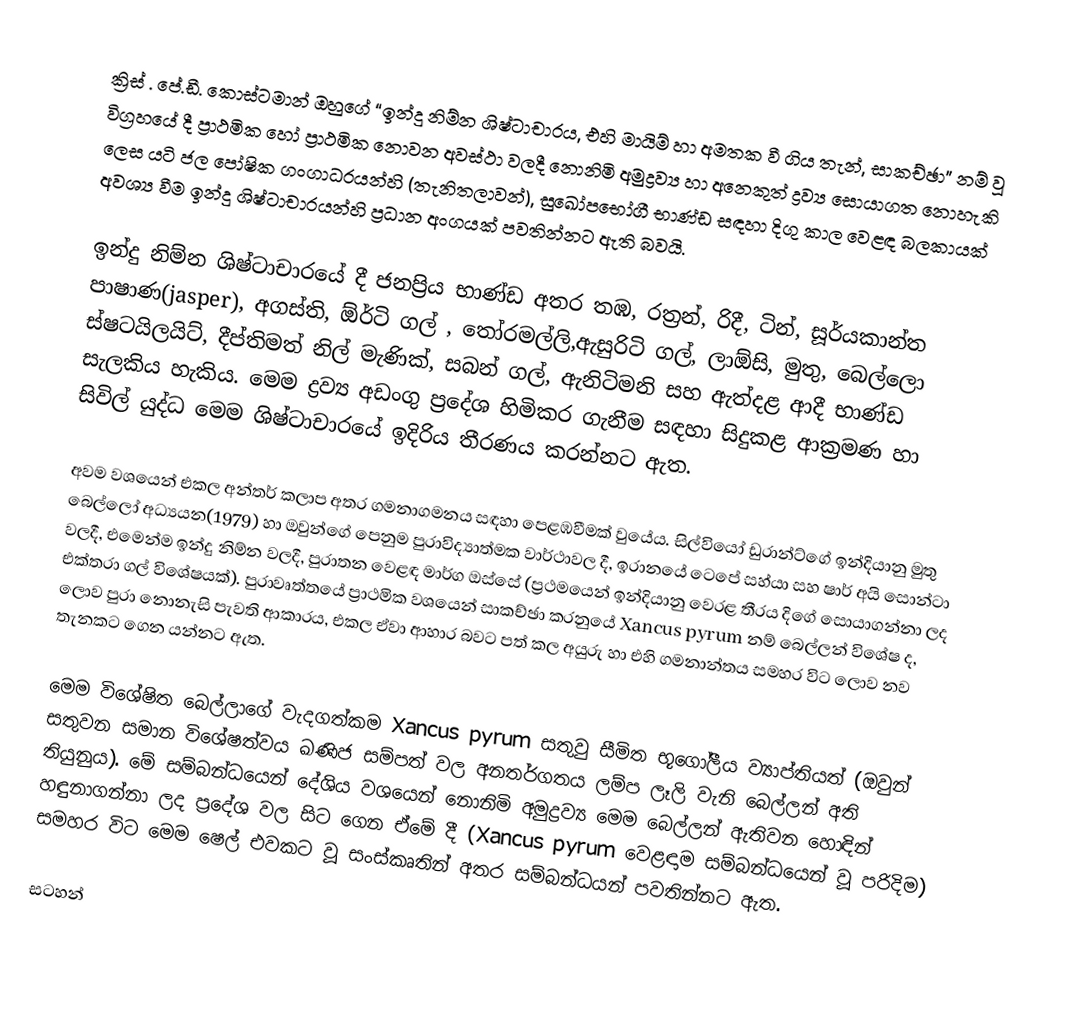
ක්‍රිස් . පේ.ඩී. කොස්ටමාන් ඔහුගේ “ඉන්දු නිම්න ශිෂ්ටාචාරය, එහි මායිම් හා අමතක වී ගිය තැන්, සාකච්ඡා” නම් වූ විග්‍රහයේ දී  ප්‍රාථමික ‍හෝ ප්‍රාථමික නොවන අවස්ථා වලදී නොනිමි අමුද්‍රව්‍ය හා අනෙකුත් ද්‍රව්‍ය සොයාගත නොහැකි ලෙස යටි ජල පෝෂික ගංගාධරයන්හි (තැනිතලාවන්), සුඛෝපභෝගී භාණ්ඩ සඳහා  දිගු කාල වෙළඳ බලකායක් අවශ්‍ය වීම ඉන්දු ශිෂ්ටාචාරයන්හි ප්‍රධාන අංගයක් පවතින්නට ඇති බවයි.

ඉන්දු නිම්න ශිෂ්ටාචාරයේ දී ජනප්‍රිය භාණ්ඩ අතර තඹ, රත්‍රන්, රිදී, ටින්, සූර්යකාන්ත පාෂාණ(jasper), අගස්ති, ඕර්ටි ගල් , තෝරමල්ලි,ඇසුරිටි ගල්, ලාඕසි, මුතු, බෙල්ලො ස්ෂටයිල‍යිට්, දීප්තිමත් නිල් මැණික්, සබන් ගල්, ඇනිටිමනි සහ ඇත්දළ ආදී භාණ්ඩ සැලකිය හැකිය. මෙම ද්‍රව්‍ය අඩංගු ප්‍රදේශ හිමිකර ගැනීම සඳහා සිදුකළ ආක්‍රමණ හා සිවිල් යුද්ධ මෙම ශිෂ්ටාචාරයේ ඉදිරිය තීරණය කරන්නට ඇත.

අවම වශයෙන් එකල අන්තර් කලාප අතර ගමනාගමනය සඳහා පෙළඹවීමක් වුයේය. සිල්වියෝ ඩු‍රාන්ට්ගේ ඉන්දියානු මුතු බෙල්ලෝ අධ්‍යයන(1979)  හා ඔවුන්ගේ පෙනුම පුරාවිද්‍යාත්මක වාර්ථාවල දී, ඉරානයේ ටෙපේ සහ්යා සහ ෂාර් අයි සොන්ටා වලදී, එමෙන්ම ඉන්දු නිම්න වලදී, පුරාතන වෙළඳ මාර්ග ඔස්සේ (ප්‍රථමයෙන් ඉන්දියානු වෙරළ තීරය දිගේ සොයාගන්නා ලද එක්තරා ගල් විශේෂයක්). පුරාවෘත්තයේ ප්‍රාථමික වශයෙන් සාකච්ඡා කරනුයේ Xancus pyrum නම් බෙල්ලන් විශේෂ ද, ලොව පුරා නොනැසි පැවති ආකාරය, එකල ඒවා ආහාර බවට පත් කල  අයුරු හා එහි ගමනාන්තය සමහර විට ලොව නව තැනකට ගෙන යන්නට ඇත.

මෙම විශේෂිත බෙල්ලාගේ වැදගත්කම Xancus pyrum සතුවු සීමිත භූගෝලීය ව්‍යාප්තියත් (ඔවුන් සතුවන සමාන විශේෂත්වය ඛණිජ සම්පත් වල අනතර්ගතය ලම්ප ලෑලි වැනි බෙල්ලන් අති තියුනුය). මේ සම්බන්ධයෙන් දේශිය වශයෙන් නොනිමි අමුද්‍රව්‍ය මෙම බෙල්ලන් ඇතිවන හොඳින් හඳුනාගන්නා ලද ප්‍රදේශ වල සිට ගෙන ඒමේ දී (Xancus pyrum වෙළඳාම සම්බන්ධයෙන් වූ පරිදිම) සමහර විට මෙම  ෂෙල් එවකට වූ සංස්කෘතින් අතර සම්බන්ධයන් පවතින්නට ඇත.

සටහන්